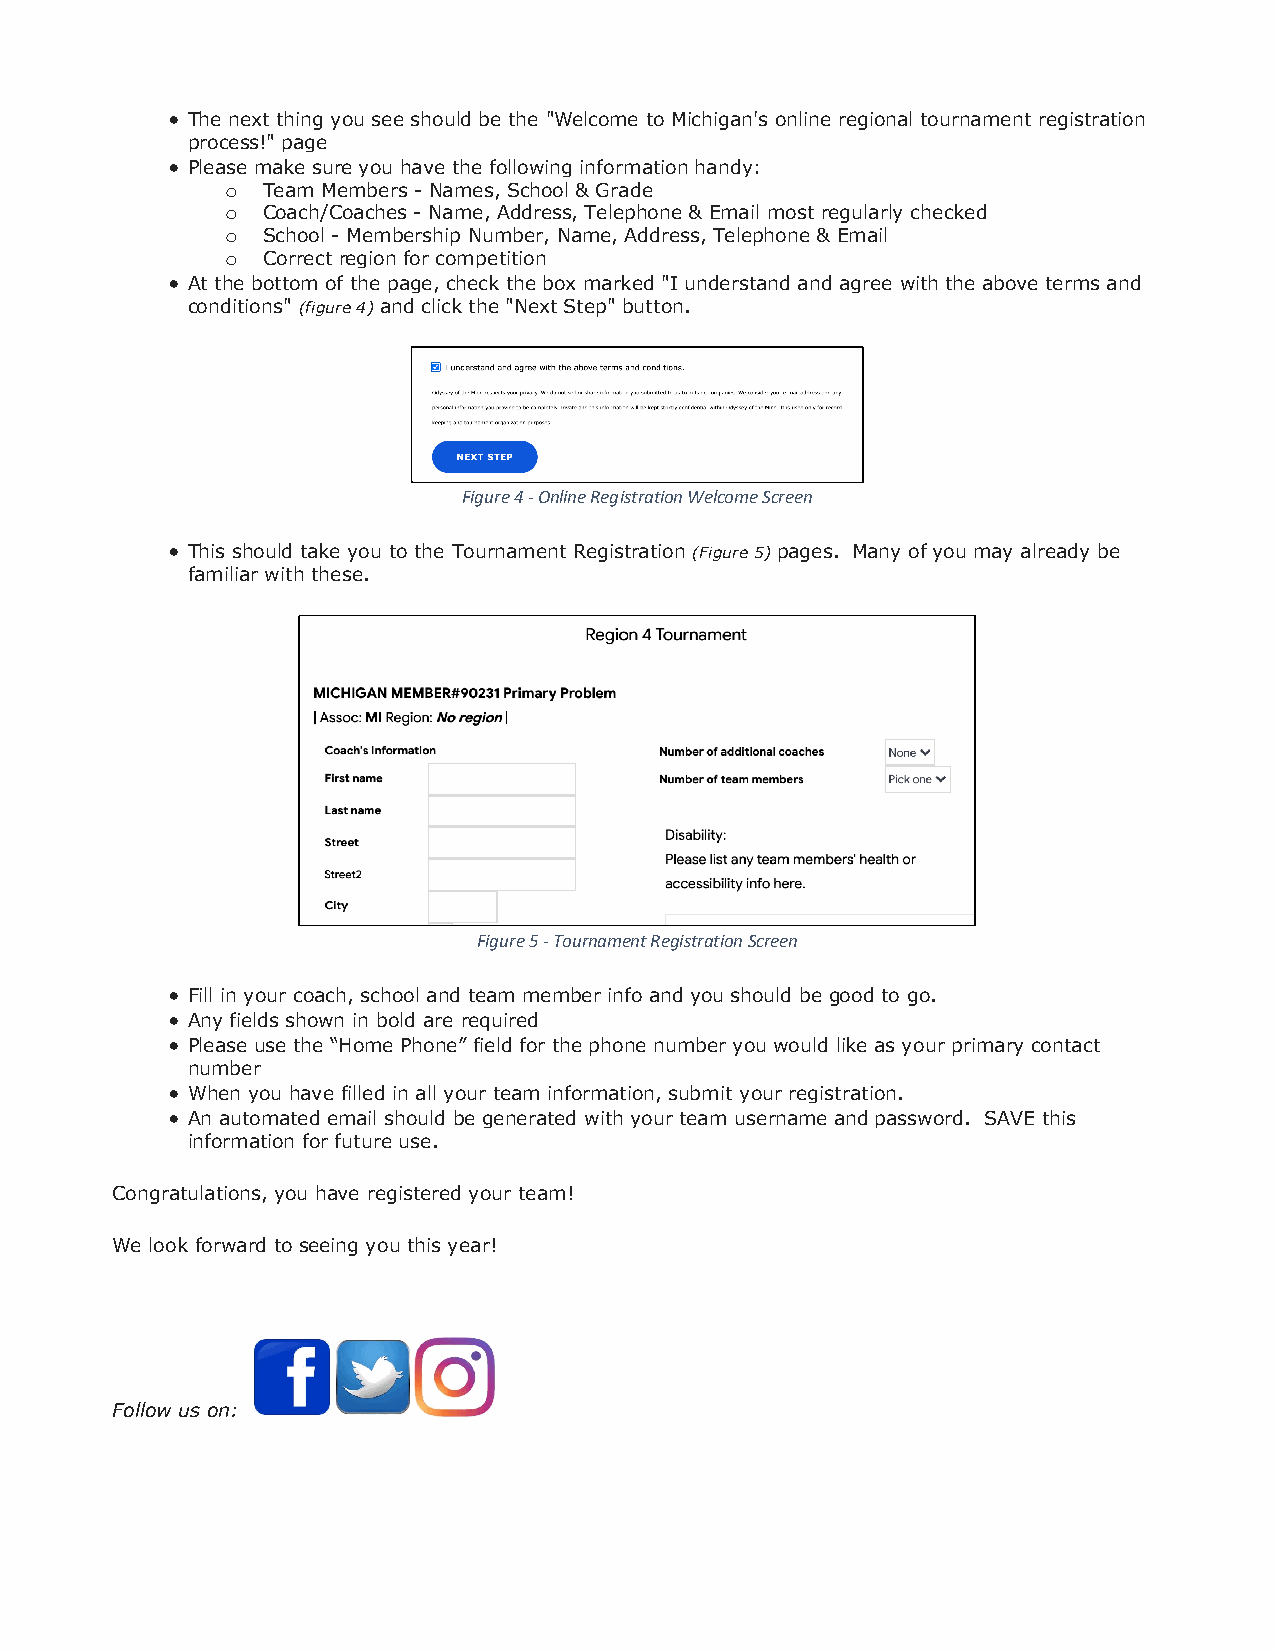
• The next thing you see should be the "Welcome to Michigan's online regional tournament registration
 process!" page
 • Please make sure you have the following information handy:
 o Team Members - Names, School & Grade
 o Coach/Coaches - Name, Address, Telephone & Email most regularly checked
 o School - Membership Number, Name, Address, Telephone & Email
 o Correct region for competition
 • At the bottom of the page, check the box marked "I understand and agree with the above terms and
 conditions" (figure 4) and click the "Next Step" button.
 Figure 4 - Online Registration Welcome Screen
 • This should take you to the Tournament Registration (Figure 5) pages. Many of you may already be
 familiar with these.
 Figure 5 - Tournament Registration Screen
 • Fill in your coach, school and team member info and you should be good to go.
 • Any fields shown in bold are required
 • Please use the “Home Phone” field for the phone number you would like as your primary contact
 number
 • When you have filled in all your team information, submit your registration.
 • An automated email should be generated with your team username and password. SAVE this
 information for future use.
 Congratulations, you have registered your team!
 We look forward to seeing you this year!
 Follow us on: